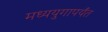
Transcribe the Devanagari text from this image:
मध्ययुगापर्यंत